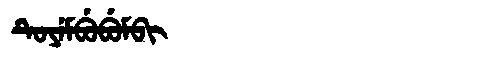
Manchu: ᡨᡠᠶᡝᠮᠪᡠᠪᡠᠮᠪᡳ
Romanization: TUYEMBUBUMBI